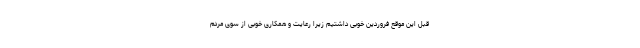
قبل این موقع فروردین خوبی داشتیم زیرا رعایت و همکاری خوبی از سوی مردم